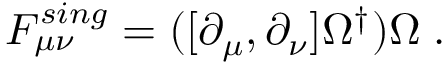
F _ { \mu \nu } ^ { s i n g } = ( [ \partial _ { \mu } , \partial _ { \nu } ] \Omega ^ { \dag } ) \Omega \; .